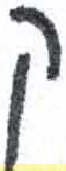
אות: ק